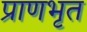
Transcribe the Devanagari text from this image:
प्राणभृत